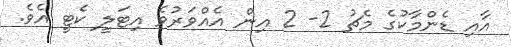
އާއި ޑެންމާކުގެ މެޗު 2- 2 އިން އެއްވަރުވެ އިޓަލީ ކެޓީ އެވެ.